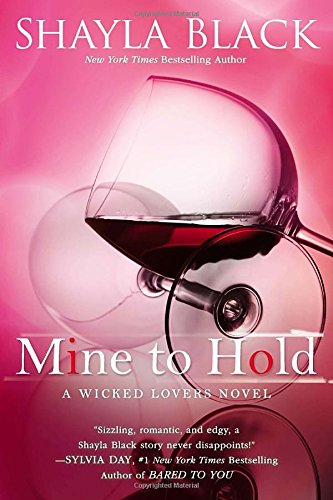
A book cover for Mine to Hold (A Wicked Lovers Novel); Shayla Black; Romance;